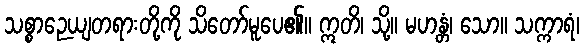
သစ္စာဉေယျတရားတို့ကို သိတော်မူပေ၏။ ဣတိ၊ သို့။ မဟန္တံ၊ သော။ သက္ကာရံ၊